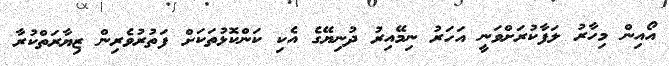
އޯއިން މިހާރު ލަފާކުރަށްވަނީ އަހަރު ނިމޭއިރު ދުނިޔޭގެ އެކި ކަންކޮޅުތަކަށް ފަތުރުވެރިން ޒިޔާރަތްކުރާ